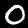
Digit: 0